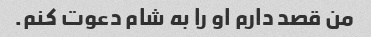
من قصد دارم او را به شام ​​دعوت کنم.